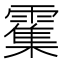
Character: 𫕱